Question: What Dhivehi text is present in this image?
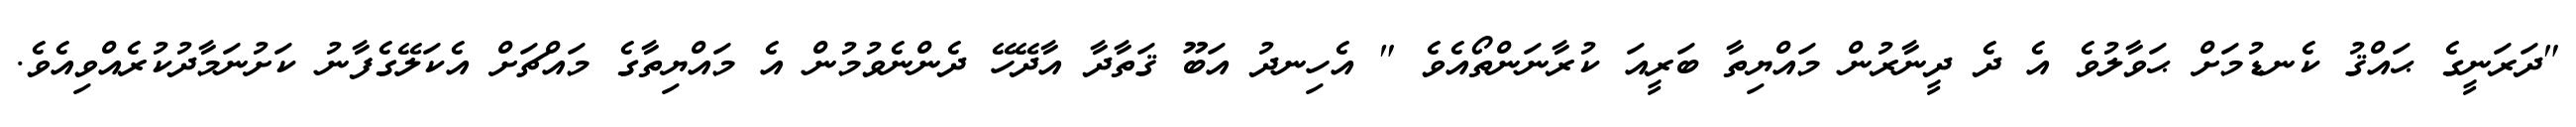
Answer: "ދަރަނީގެ ޙައްޤު ކެނޑުމަށް ޙަވާލުވެ އެ ދެ ދީނާރުން މައްޔިތާ ބަރީއަ ކުރާނަންތޯއެވެ " އެހިނދު އަބޫ ޤަތާދާ އާދޭހޭ ދެންނެވުމުން އެ މައްޔިތާގެ މައްޗަށް އެކަލޭގެފާނު ކަށުނަމާދުކުރެއްވިއެވެ.